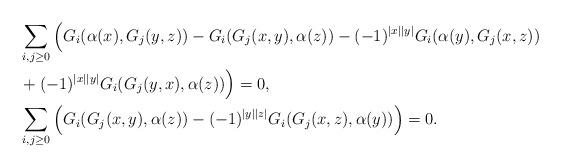
LaTeX: \begin{align*}&\sum_{i,j\geq0}\Big(G_i(\alpha(x),G_j(y,z))-G_i(G_j(x,y),\alpha(z))-(-1)^{|x||y|}G_i(\alpha(y),G_j(x,z))\\&+(-1)^{|x||y|}G_i(G_j(y,x),\alpha(z))\Big)=0,\\&\sum_{i,j\geq0}\Big(G_i(G_j(x,y),\alpha(z))-(-1)^{|y||z|}G_i(G_j(x,z),\alpha(y))\Big)=0.\end{align*}